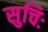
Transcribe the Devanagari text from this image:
सुचिः